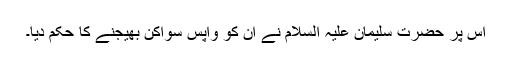
اس پر حضرت سلیمان علیہ السلام نے ان کو واپس سواکن بھیجنے کا حکم دیا۔